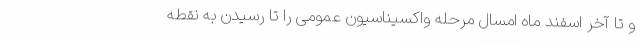
و تا آخر اسفند ماه امسال مرحله واکسیناسیون عمومی را تا رسیدن به نقطه